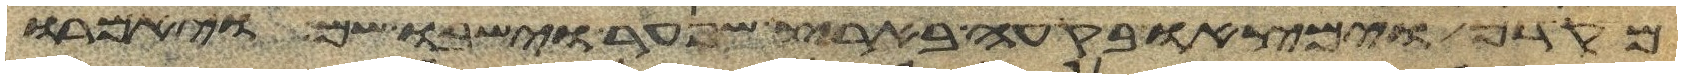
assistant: מקדם וימצאו בקעה בארץ שנער וישבו שם ויאמרו